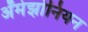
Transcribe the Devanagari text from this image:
ॲमेझोनियन